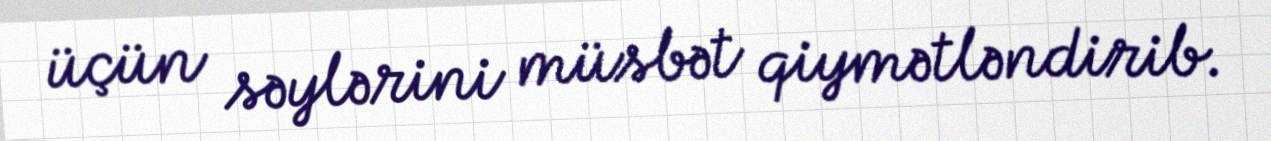
üçün səylərini müsbət qiymətləndirib.